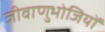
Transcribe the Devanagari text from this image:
जीवाणुभोजियों